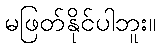
မဖြတ်နိုင်ပါဘူး။